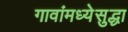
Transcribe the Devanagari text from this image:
गावांमध्येसुद्धा